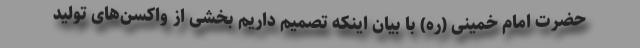
حضرت امام خمینی (ره) با بیان اینکه تصمیم داریم بخشی از واکسن‌های تولید